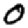
Digit: 0